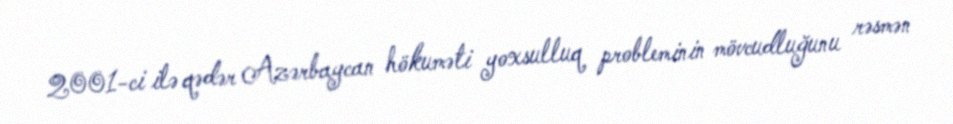
2001-ci ilə qədər Azərbaycan hökuməti yoxsulluq probleminin mövcudluğunu rəsmən